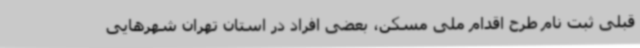
قبلی ثبت نام طرح اقدام ملی مسکن، بعضی افراد در استان تهران شهرهایی